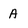
Character: A